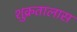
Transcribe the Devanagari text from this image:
शुक्रतालास